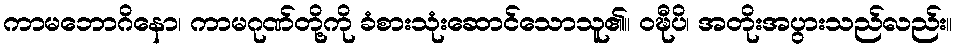
ကာမဘောဂိနော၊ ကာမဂုဏ်တို့ကို ခံစားသုံးဆောင်သောသူ၏။ ဝဍ္ဎီပိ၊ အတိုးအပွားသည်လည်း။